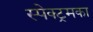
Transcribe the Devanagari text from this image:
स्पेक्ट्रमका